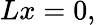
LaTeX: Lx=0,